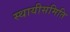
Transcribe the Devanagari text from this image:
स्थायीसमिति